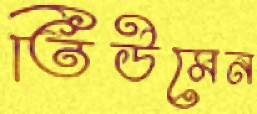
তিউমেন